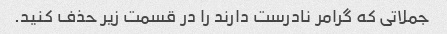
جملاتی که گرامر نادرست دارند را در قسمت زیر حذف کنید.